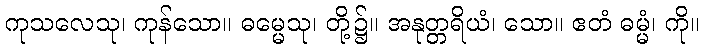
ကုသလေသု၊ ကုန်သော။ ဓမ္မေသု၊ တို့၌။ အနုတ္တရိယံ၊ သော။ ဧတံ ဓမ္မံ၊ ကို။